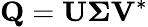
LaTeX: \mathbf{Q}=\mathbf{U}\boldsymbol{\Sigma}\mathbf{V}^{*}